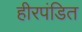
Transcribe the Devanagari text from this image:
हीरपंडित